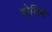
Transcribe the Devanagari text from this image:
होलिगे